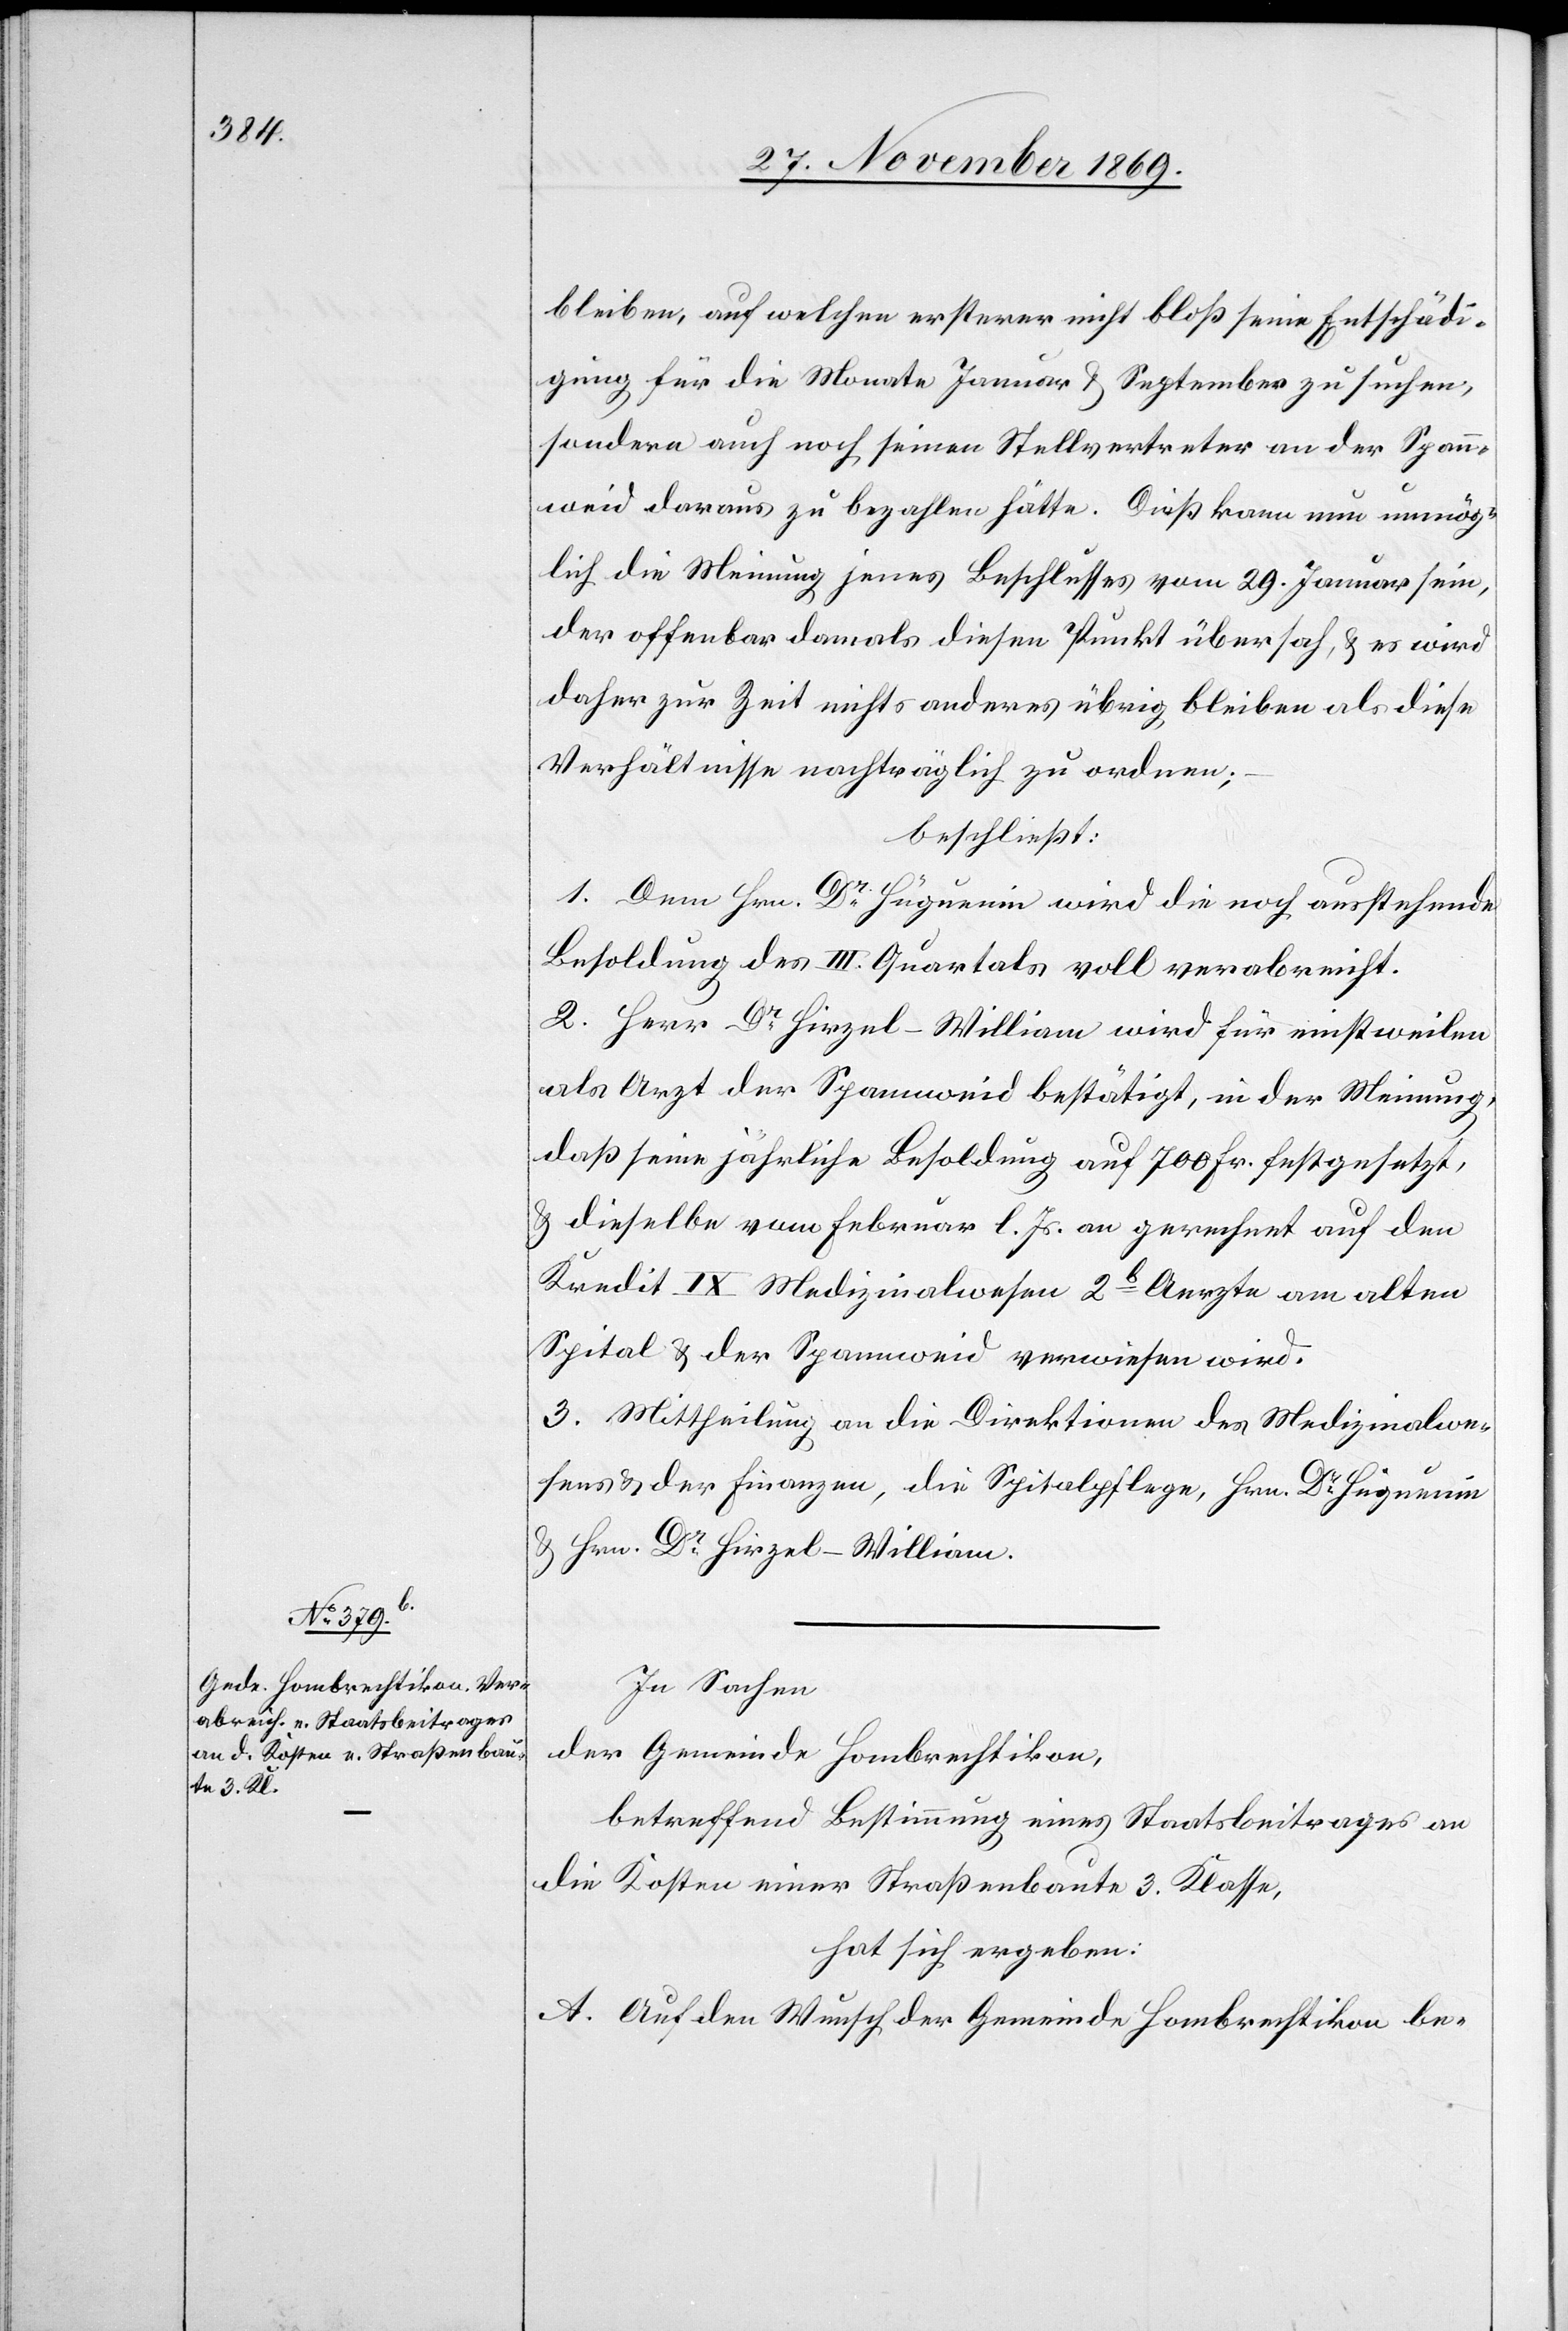
bleiben, auf welchen ersterer nicht bloß seine Entschädi¬
gung für die Monate Januar & September zu suchen,
sondern auch noch seinen Stellvertreter an der Span¬
nweid daraus zu bezahlen hätte. Dieß kann nun unmög¬
lich die Meinung jenes Beschlusses vom 29. Januar sein,
der offenbar damals diesen Punkt übersah, & es wird
daher zur Zeit nichts anderes übrig bleiben als diese
Verhältnisse nachträglich zu ordnen;
beschließt:
1. Dem Hrn. Dr Hüguenin wird die noch ausstehende
Besoldung des III. Quartals voll verabreicht.
2. Herr Dr Hirzel-William wird für einstweilen
als Arzt der Spannweid bestätigt, in der Meinung,
daß seine jährliche Besoldung auf 700 Fr. festgesetzt,
& dieselbe vom Februar l. Js. an gerechnet auf den
Kredit IX Medizinalwesen 2b Aerzte am alten
Spital & der Spannweid verwiesen wird.
3. Mittheilung an die Direktionen des Medizinalwe¬
sens & der Finanzen, die Spitalpflege, Hrn. Dr Hüguenin
& Hrn. Dr Hirzel-William.
In Sachen
der Gemeinde Hombrechtikon,
betreffend Bestimmung eines Staatsbeitrages an
die Kosten einer Straßenbaute 3. Klasse,
hat sich ergeben:
A. Auf den Wunsch der Gemeinde Hombrechtikon be-